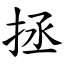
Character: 拯